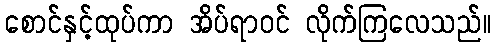
စောင်နှင့်ထုပ်ကာ အိပ်ရာဝင် လိုက်ကြလေသည်။